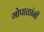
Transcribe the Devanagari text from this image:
गोपाळांनी